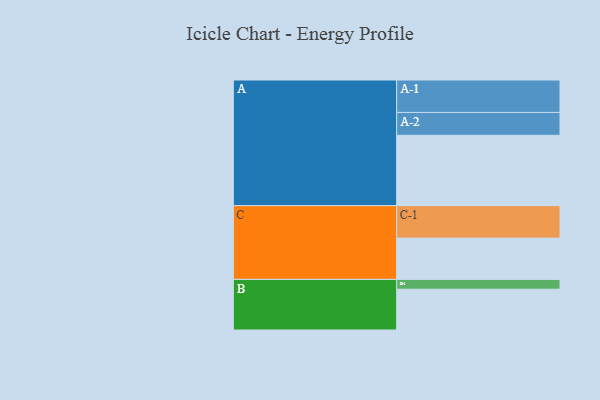
{"axis": {"x": "Segment", "y": "Value"}, "legend": ["", "A", "B", "C"], "data": [{"x": "A", "y": 538, "type": ""}, {"x": "B", "y": 312, "type": ""}, {"x": "C", "y": 316, "type": ""}, {"x": "A-1", "y": 248, "type": "A"}, {"x": "A-2", "y": 175, "type": "A"}, {"x": "B-1", "y": 75, "type": "B"}, {"x": "C-1", "y": 248, "type": "C"}]}